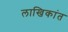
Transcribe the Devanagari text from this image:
लाखिकांत